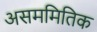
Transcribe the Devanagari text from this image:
असममितिक